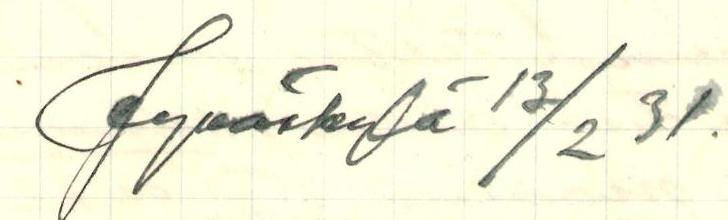
Jyväskylä 13/2 31.